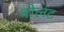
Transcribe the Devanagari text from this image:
बोलट